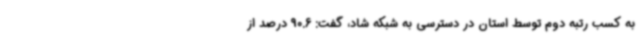
به کسب رتبه دوم توسط استان در دسترسی به شبکه شاد، گفت: 90.6 درصد از